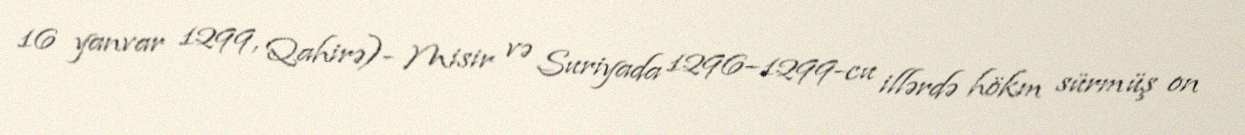
16 yanvar 1299, Qahirə)- Misir və Suriyada 1296–1299-cu illərdə hökm sürmüş on